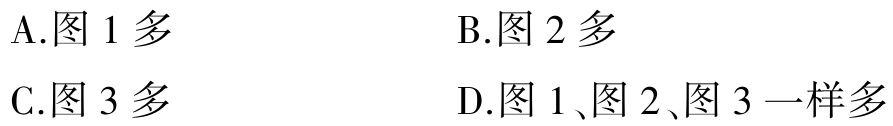
A.图 1 多
B.图 2 多
C.图 3 多
D.图 1、图 2、图 3 一样多